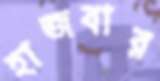
হাজবার